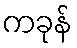
ကခုန်